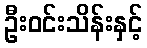
ဦးဝင်းသိန်းနှင့်